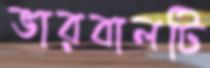
ভারবালটি